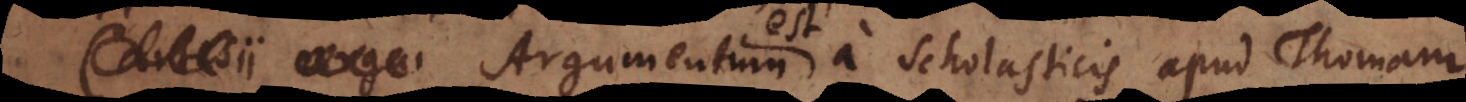
argu a Scholasticis apud Thomam